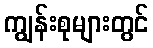
ကျွန်းစုများတွင်